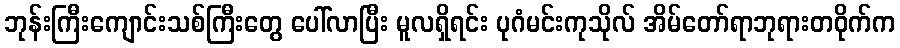
ဘုန်းကြီးကျောင်းသစ်ကြီးတွေ ပေါ်လာပြီး မူလရှိရင်း ပုဂံမင်းကုသိုလ် အိမ်တော်ရာဘုရားတဝိုက်က